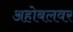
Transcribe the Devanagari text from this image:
अहोबलवर